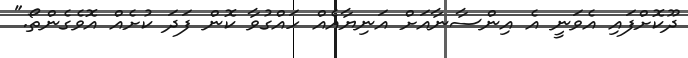
ދޫކޮށްފައި އެވަނީ އެ އިންސާނާއަށް އަނިޔާއެއް ހައްގުވާ ކޮން ފަދަ ކުށެއް އޮވެގެންތޯ."